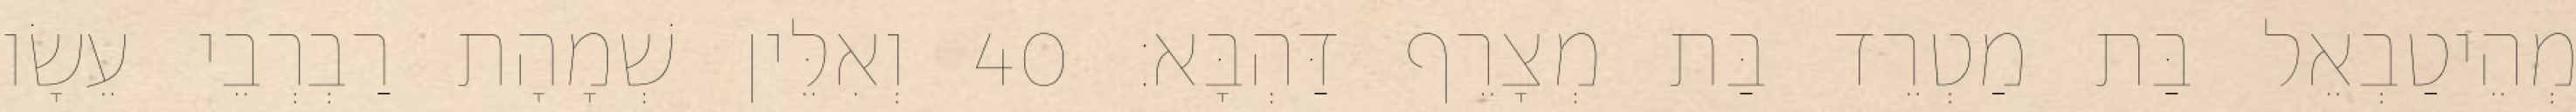
מְהֵיטַבְאֵל בַּת מַטְרֵד בַּת מְצָרֵף דַּהְבָּא׃ 40 וְאִלֵּין שְׁמָהָת רַבְרְבֵי עֵשָׂו